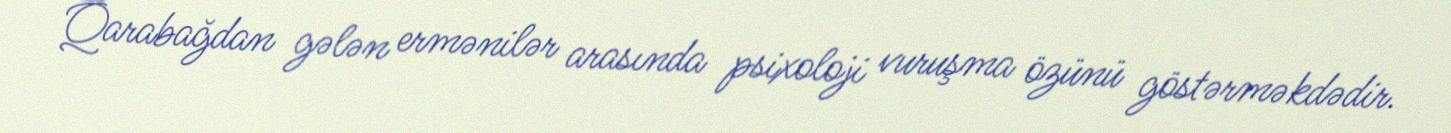
Qarabağdan gələn ermənilər arasında psixoloji vuruşma özünü göstərməkdədir.